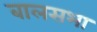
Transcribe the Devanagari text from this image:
बालसभा